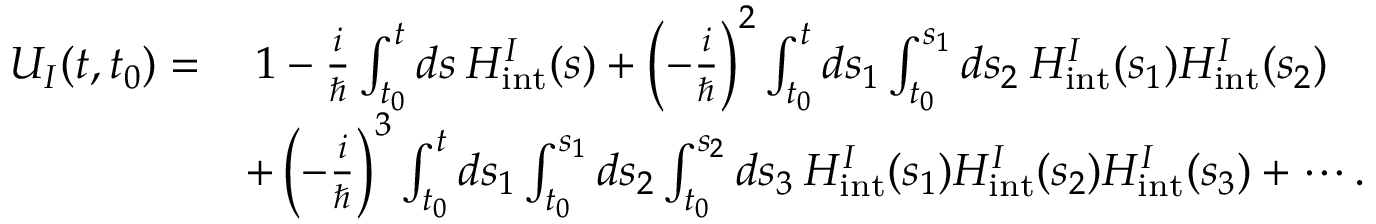
\begin{array} { r l } { U _ { I } ( t , t _ { 0 } ) = } & { \: 1 - \frac { i } { \hbar } \int _ { t _ { 0 } } ^ { t } d s \: H _ { \mathrm { i n t } } ^ { I } ( s ) + \left( - \frac { i } { \hbar } \right) ^ { 2 } \int _ { t _ { 0 } } ^ { t } d s _ { 1 } \int _ { t _ { 0 } } ^ { s _ { 1 } } d s _ { 2 } \: H _ { \mathrm { i n t } } ^ { I } ( s _ { 1 } ) H _ { \mathrm { i n t } } ^ { I } ( s _ { 2 } ) } \\ & { + \left( - \frac { i } { \hbar } \right) ^ { 3 } \int _ { t _ { 0 } } ^ { t } d s _ { 1 } \int _ { t _ { 0 } } ^ { s _ { 1 } } d s _ { 2 } \int _ { t _ { 0 } } ^ { s _ { 2 } } d s _ { 3 } \: H _ { \mathrm { i n t } } ^ { I } ( s _ { 1 } ) H _ { \mathrm { i n t } } ^ { I } ( s _ { 2 } ) H _ { \mathrm { i n t } } ^ { I } ( s _ { 3 } ) + \cdots . } \end{array}